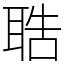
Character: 聕